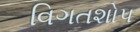
વિગતશોપ